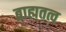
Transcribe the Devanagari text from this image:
ब्राह्मतत्व